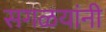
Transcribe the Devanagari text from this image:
सगळयांनी